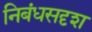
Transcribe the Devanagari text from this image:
निबंधसदृश